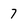
Character: 7